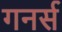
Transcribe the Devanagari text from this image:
गनर्स